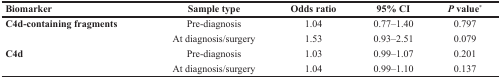
<table><thead><tr><td><b>Biomarker</b></td><td><b>Sample type</b></td><td><b>Odds ratio</b></td><td><b>95% CI</b></td><td><b><i>P</i> value<sup>*</sup></b></td></tr></thead><tbody><tr><td><b>C4d-containing fragments</b></td><td>Pre-diagnosis</td><td>1.04</td><td>0.77–1.40</td><td>0.797</td></tr><tr><td></td><td>At diagnosis/surgery</td><td>1.53</td><td>0.93–2.51</td><td>0.079</td></tr><tr><td><b>C4d</b></td><td>Pre-diagnosis</td><td>1.03</td><td>0.99–1.07</td><td>0.201</td></tr><tr><td></td><td>At diagnosis/surgery</td><td>1.04</td><td>0.99–1.10</td><td>0.137</td></tr></tbody></table>